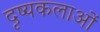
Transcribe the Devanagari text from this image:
दृष्यकलाओं